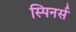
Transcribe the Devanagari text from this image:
स्पिनर्स